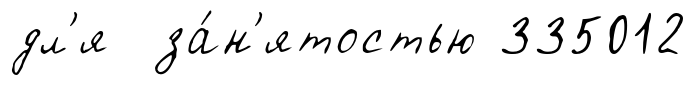
дл'я за́н'ятостью 335012